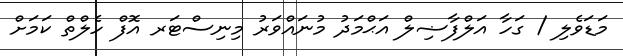
މަޑަވެލި / ގަހާ އަލްފާޟިލް އަޙްމަދު މުނައްވަރު މިނިސްޓަރ އޮފް ހެލްތް ކަމަށް